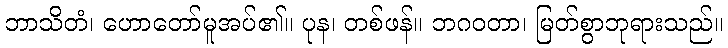
ဘာသိတံ၊ ဟောတော်မူအပ်၏။ ပုန၊ တစ်ဖန်။ ဘဂဝတာ၊ မြတ်စွာဘုရားသည်။